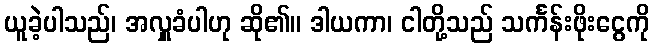
ယူခဲ့ပါသည်၊ အလှူခံပါဟု ဆို၏။ ဒါယကာ၊ ငါတို့သည် သင်္ကန်းဖိုးငွေကို